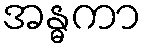
အန္ဓကာ